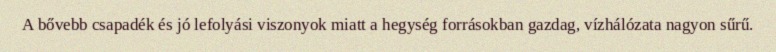
A bővebb csapadék és jó lefolyási viszonyok miatt a hegység forrásokban gazdag, vízhálózata nagyon sűrű.